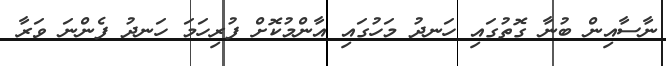
ނާސާއިން ބުނާ ގޮތުގައި ހަނދު މަހުގައި އާންމުކޮށް ފުރިހަމަ ހަނދު ފެންނަ ވަރާ